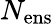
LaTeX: N_{\mathrm{ens}}